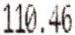
110.46